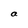
Character: a